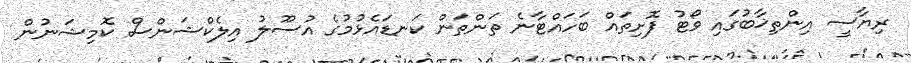
ރިޔާސީ އިންތިޚާބުގައި ވޯޓު ފޮށިތައް ބަހައްޓާނެ ތަންތަން ކަނޑައެޅުމުގެ އުސޫލު އިލެކްޝަންސް ކޮމިޝަނުން